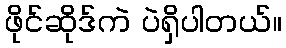
ဖိုင်ဆိုဒ်ကဲ ပဲရှိပါတယ်။